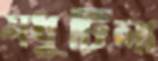
মধুটিলা